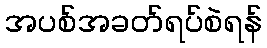
အပစ်အခတ်ရပ်စဲရန်